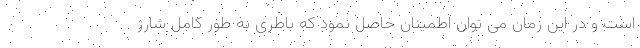
است و در این زمان می توان اطمینان حاصل نمود که باطری به طور کامل شارژ